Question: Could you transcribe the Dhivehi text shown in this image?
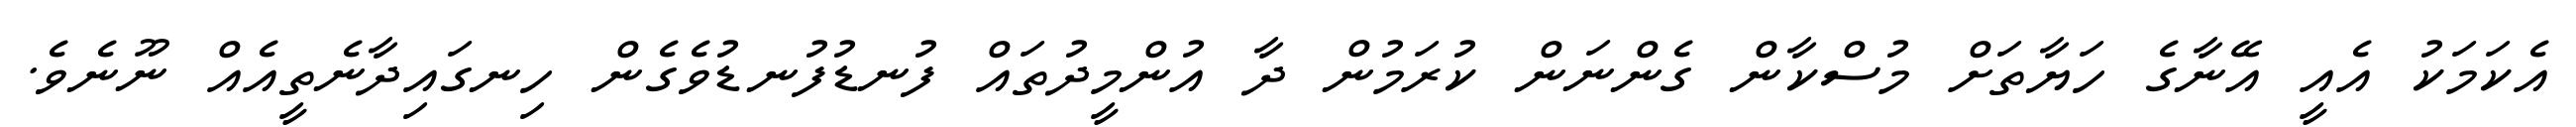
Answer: އެކަމަކު އެއީ އޭނާގެ ހަޔާތަށް މުސްކާން ގެންނަން ކުރަމުން ދާ އުންމީދުތައް ފުނޑުފުނޑުވެގެން ހިނގައިދާނެތީއެއް ނޫނެވެ.